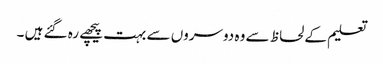
تعلیم کے لحاظ سے وہ دوسروں سے بہت پیچھے رہ گئے ہیں ۔